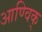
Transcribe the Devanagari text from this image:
आण्विक्